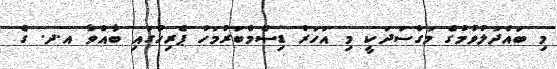
މި ބައްދަލުވުމުގެ މަގްސަދަކީ މި އަހަރު ޑިސެމްބަރުމަހު ޕެރިހުގައި ބާއްވާ އ.ދ. ގެ